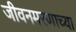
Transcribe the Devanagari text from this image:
जीवनमरणाच्या